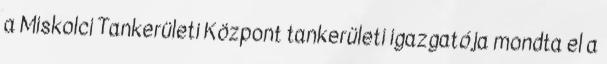
a Miskolci Tankerületi Központ tankerületi igazgatója mondta el a